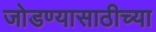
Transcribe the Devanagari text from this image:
जोडण्यासाठीच्या